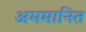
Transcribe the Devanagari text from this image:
अममानित